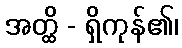
အတ္ထိ - ရှိကုန်၏၊